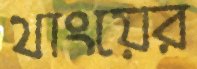
থাংয়ের